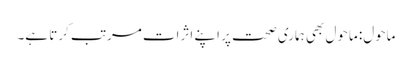
ماحول: ماحول بھی ہماری صحت پر اپنے اثرات مرتب کرتا ہے۔